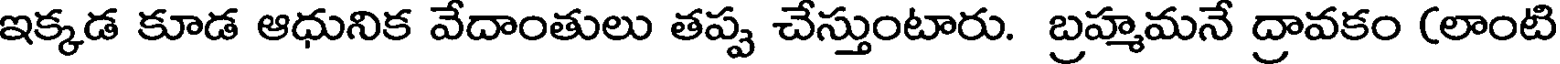
ఇక్కడ కూడ ఆధునిక వేదాంతులు తప్ప చేస్తుంటారు. బ్రహ్మమనే ద్రావకం (లాంటి